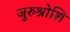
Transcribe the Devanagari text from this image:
जुरुश्रोशि